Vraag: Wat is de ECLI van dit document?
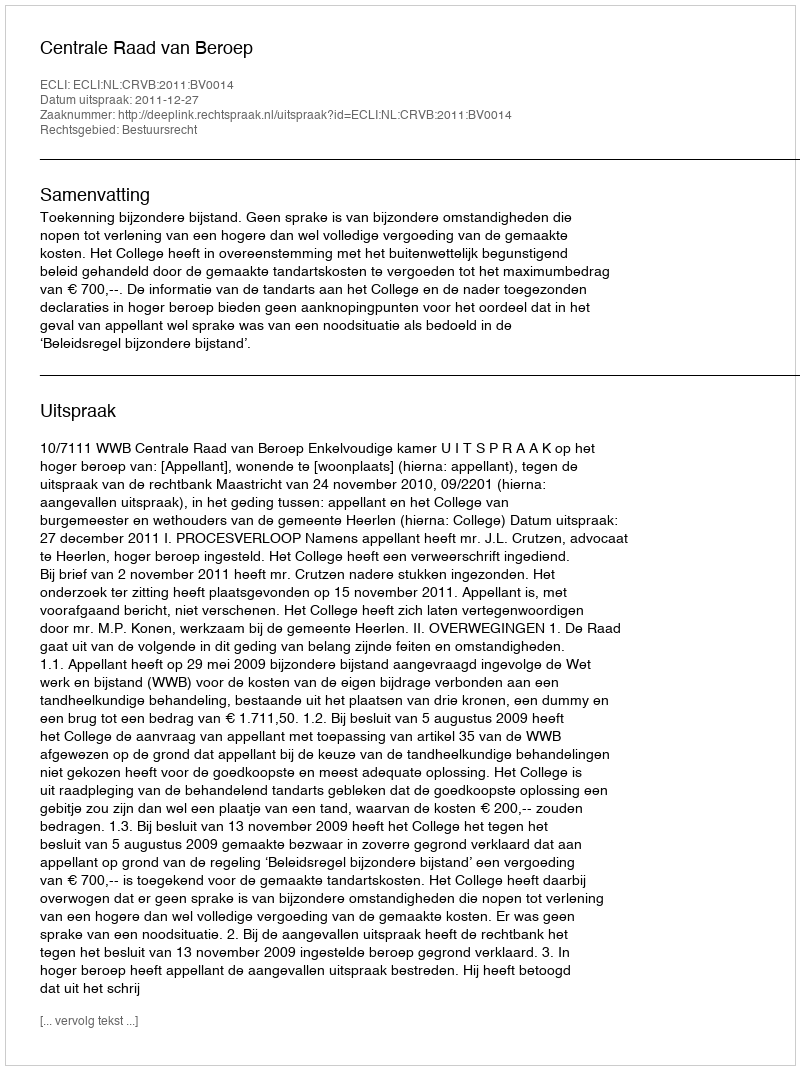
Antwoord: ECLI:NL:CRVB:2011:BV0014